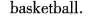
basketball.